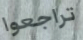
تراجعوا